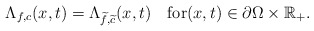
\begin{align*}\Lambda_{f, c}(x, t)=\Lambda_{\widetilde{f},\widetilde{c}}(x, t)\quad\mbox{for}(x, t)\in\partial\Omega\times\mathbb{R}_+. \end{align*}